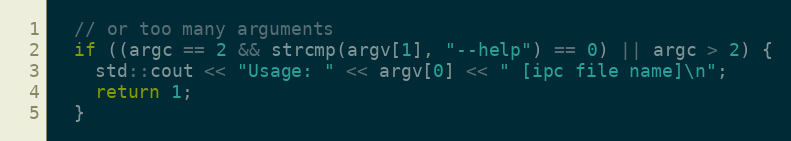
Language: C++
  // or too many arguments
  if ((argc == 2 && strcmp(argv[1], "--help") == 0) || argc > 2) {
    std::cout << "Usage: " << argv[0] << " [ipc file name]\n";
    return 1;
  }